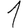
Digit: 1